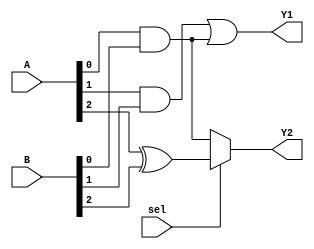
module CLB_Overlap (
    input wire [3:0] A,       // 4-bit input A
    input wire [3:0] B,       // 4-bit input B
    input wire sel,           // Select signal for multiplexing
    output wire Y1,           // Output for function 1
    output wire Y2            // Output for function 2
);

// Shared logic for both functions
wire common_logic;

// Example of shared logic: AND operation
assign common_logic = A[0] & B[0]; // Common logic that can be reused

// Function 1: Y1 = A[1] & B[1] | common_logic
assign Y1 = (A[1] & B[1]) | common_logic;

// Function 2: Y2 = (sel) ? (A[2] ^ B[2]) : common_logic
assign Y2 = (sel) ? (A[2] ^ B[2]) : common_logic;

endmodule